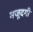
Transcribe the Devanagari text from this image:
मजूदगी